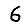
Digit: 6